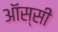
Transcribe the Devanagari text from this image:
ऑस्सी